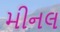
મીનલ